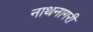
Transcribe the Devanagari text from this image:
नाथनागरी